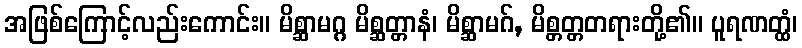
အဖြစ်ကြောင့်လည်းကောင်း။ မိစ္ဆာမဂ္ဂ မိစ္ဆတ္တာနံ၊ မိစ္ဆာမဂ်, မိစ္တတ္တတရားတို့၏။ ပူရဏတ္ထံ၊